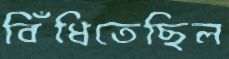
বিঁধিতেছিল